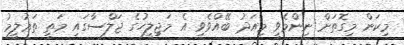
މިކަން މިގޮތަށް ނިންމެވީ މިއަދު ބޭއްވެވި އެ މަޖިލީހުގެ ޖަލްސާގައި މަތީ ތަޢުލީމު